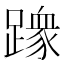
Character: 𫏢